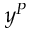
y ^ { P }